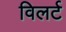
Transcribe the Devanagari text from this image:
विलर्ट